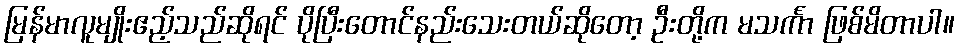
မြန်မာလူမျိုးဧည့်သည်ဆိုရင် ပိုပြီးတောင်နည်းသေးတယ်ဆိုတော့ ဦးတို့က မသင်္ကာ ဖြစ်မိတာပါ။